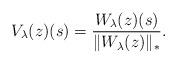
LaTeX: \begin{align*}V_\lambda(z)(s)=\frac{W_\lambda(z)(s)}{\Vert W_\lambda(z) \Vert_*}.\end{align*}